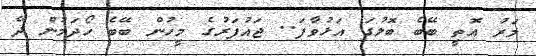
މަރު އޮތީ ބޭބެ ބޮލުގަ އަޅުވާފަ.. ޖައުފަރުގެ މީހުން ބޭބެ ހޯދަމުން ދޭ